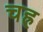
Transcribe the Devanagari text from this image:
चह्र